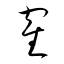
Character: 隺